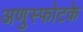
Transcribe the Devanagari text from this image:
अणुस्फोटके